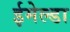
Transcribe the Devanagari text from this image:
ईमेल्डा